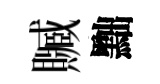
贓黜